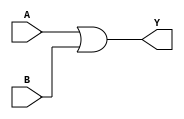
// 74x32 - Quad input OR Gate. Gates 1 and 2
module MOD_74x32_2 (
    input [0:1] A,
    input [0:1] B,
    output [0:1] Y);

assign Y = A | B;

endmodule

module MOD_74x32_2_SPLIT (
    input [0:1] A,
    input [0:1] B,
    output [0:1] Y);

assign Y[0] = A[0] | B[0];
assign Y[1] = A[1] | B[1];

endmodule